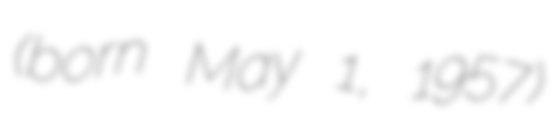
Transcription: (born May 1, 1957)